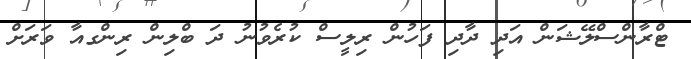
ޓްރާންސްލޭޝަން އަދި ދާދި ފަހުން ރިލީސް ކުރެވުނު ދަ ބްލިން ރިންގއާ ވަރަށް